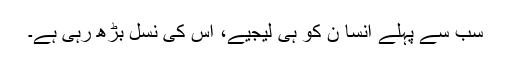
سب سے پہلے انسا ن کو ہی لیجیے، اس کی نسل بڑھ رہی ہے۔